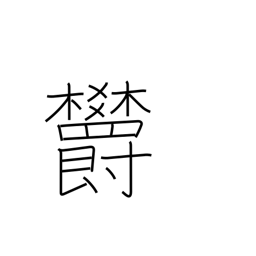
Meaning: depression